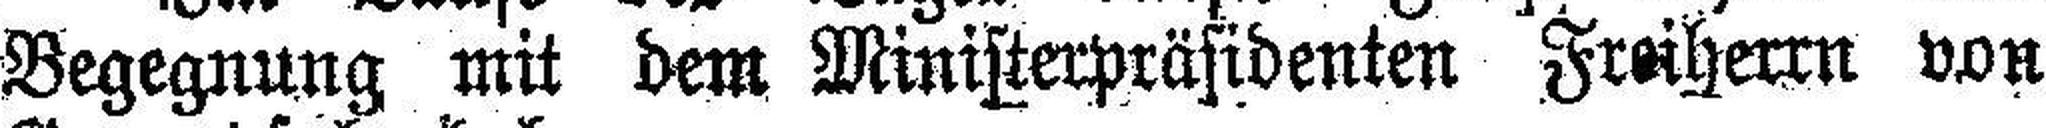
Begegnung mit dem Ministerpräsidenten Freiherrn von